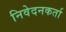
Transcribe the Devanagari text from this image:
निवेदनकर्ता